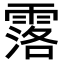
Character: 𮦣